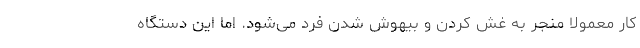
کار معمولاً منجر به غش کردن و بیهوش شدن فرد می‌شود. اما این دستگاه